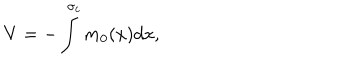
V = - \int ^ { \sigma _ { c } } m _ { 0 } { ( x ) } d x ,